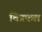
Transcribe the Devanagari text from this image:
चित्रफल